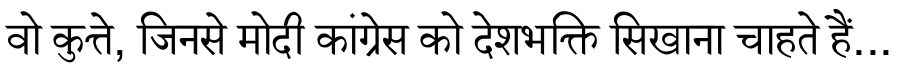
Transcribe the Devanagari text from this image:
वो कुत्ते, जिनसे मोदी कांग्रेस को देशभक्ति सिखाना चाहते हैं...